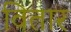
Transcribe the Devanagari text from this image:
वितार